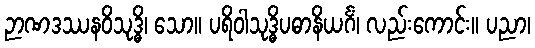
ဉာဏဒဿနဝိသုဒ္ဓိ၊ သော။ ပရိဝါသုဒ္ဓိပဓာနိယင်္ဂံ၊ လည်းကောင်း။ ပညာ၊